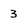
Character: 3